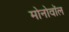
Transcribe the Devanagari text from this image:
मोनोवॉल